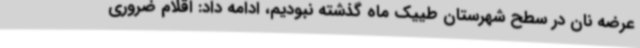
عرضه نان در سطح شهرستان طییک ماه گذشته نبودیم، ادامه داد: اقلام ضروری